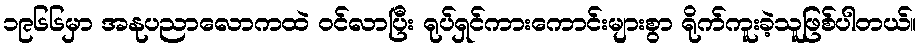
၁၉၆၆မှာ အနုပညာလောကထဲ ဝင်လာပြီး ရုပ်ရှင်ကားကောင်းများစွာ ရိုက်ကူးခဲ့သူဖြစ်ပါတယ်။